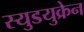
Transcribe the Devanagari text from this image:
स्युडयुक्रेन